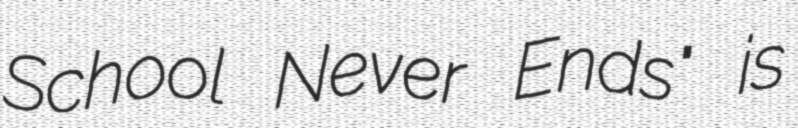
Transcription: School Never Ends" is